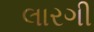
લારગી